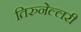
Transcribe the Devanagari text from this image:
तिरुनेल्लरी